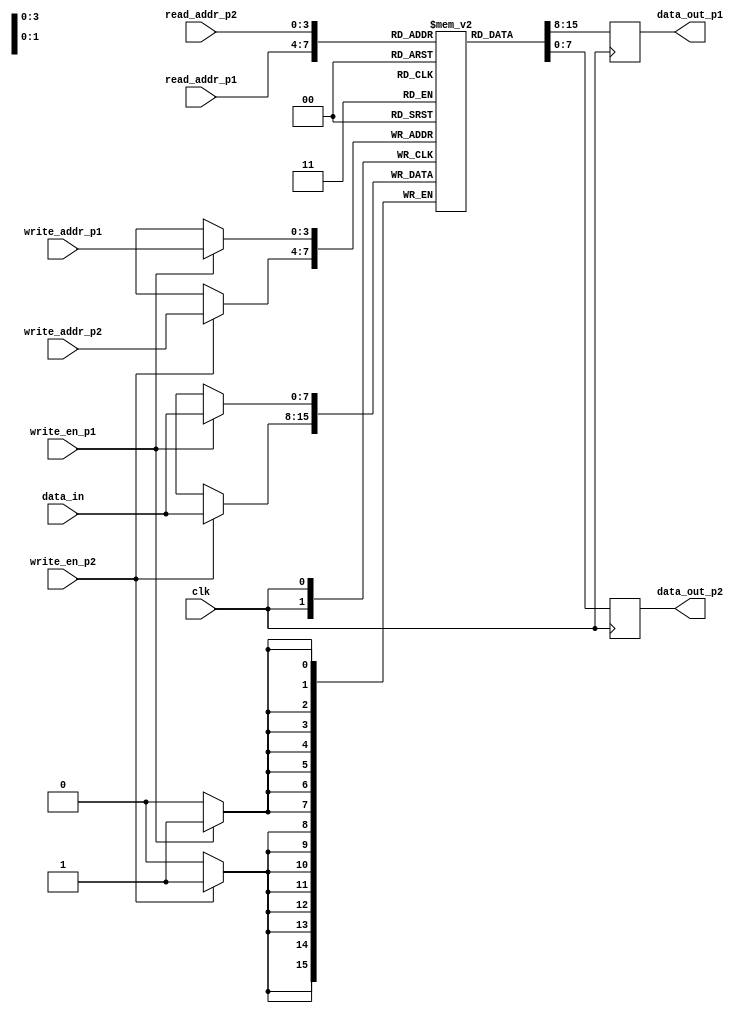
module dual_port_ram_pipeline (
    input wire [7:0] data_in, // Data input
    input wire [3:0] read_addr_p1, // Read address for port 1
    input wire [3:0] write_addr_p1, // Write address for port 1
    input wire write_en_p1, // Write enable for port 1
    input wire clk, // Clock signal
    output reg [7:0] data_out_p1, // Data output for port 1
    input wire [3:0] read_addr_p2, // Read address for port 2
    input wire [3:0] write_addr_p2, // Write address for port 2
    input wire write_en_p2, // Write enable for port 2
    output reg [7:0] data_out_p2 // Data output for port 2
);

reg [7:0] mem [0:15]; // Memory array with 16 locations

always @(posedge clk) begin
    // Port 1 pipeline read/write operations
    if(write_en_p1) begin
        mem[write_addr_p1] <= data_in;
    end
    data_out_p1 <= mem[read_addr_p1];
    
    // Port 2 read/write operations
    if(write_en_p2) begin
        mem[write_addr_p2] <= data_in;
    end
    data_out_p2 <= mem[read_addr_p2];
end

endmodule